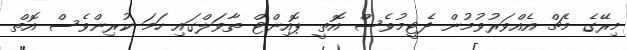
މިރޭގެ މެޗް އެއްވަރުވުމުން ދެޓީމުވެސް އޮތީ ޕޮއިންޓް ތާވަލްގައި ހަމަ ކުރިންވެސް އޮތް